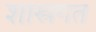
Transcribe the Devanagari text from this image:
शास्त्रगत